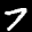
Label: 7